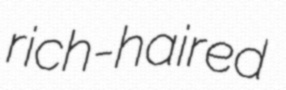
rich-haired